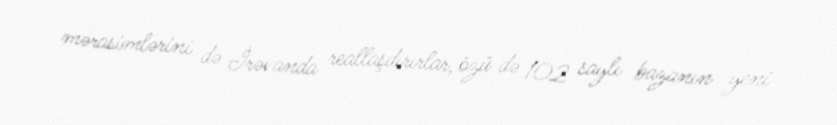
mərasimlərini də İrəvanda reallaşdırırlar, özü də 102 saylı bazanın yeni